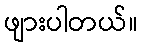
ဖျားပါတယ်။